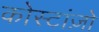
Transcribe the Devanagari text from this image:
कोस्टांज़ो